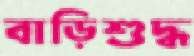
বাড়িশুদ্ধ